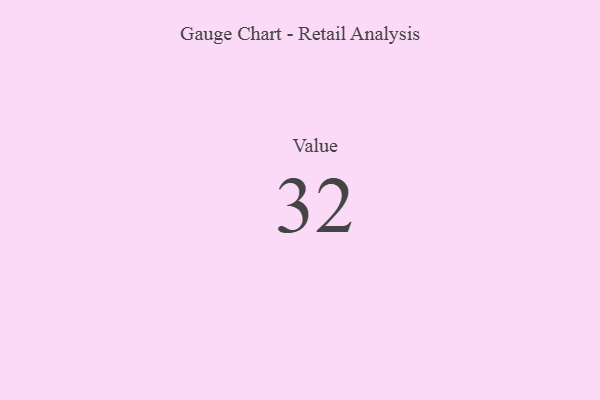
{"axis": {"x": "Metric", "y": "Value"}, "legend": [""], "data": [{"x": "Value", "y": 32, "type": ""}]}